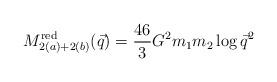
LaTeX: \begin{align*}M_{2(a)+2(b)}^{\rm red}(\vec{q})={46\over 3}G^2m_1m_2\log\vec{q}^2\end{align*}